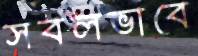
সবলভাবে